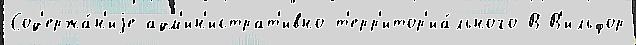
Сод'ержа́н'иjе адм'ин'истрат'ивно-т'ерр'итор'иа́льного В В'ильфор